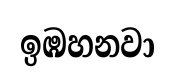
ඉඹහනවා